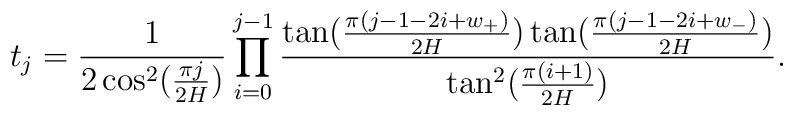
t_{j}=\frac{1}{2\cos ^{2}(\frac{\pi j}{2H})}\prod_{i=0}^{j-1}\frac{\tan (\frac{\pi (j-1-2i+w_{+})}{2H})\tan (\frac{\pi (j-1-2i+w_{-})}{2H})}{\tan^{2}(\frac{\pi (i+1)}{2H})}.